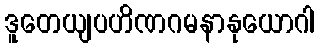
ဒူတေယျပဟိဏဂမနာနုယောဂါ